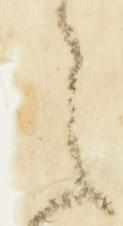
之